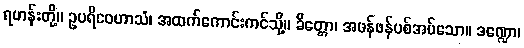
ရဟန်းတို့။ ဥပရိဝေဟာသံ၊ အထက်ကောင်းကင်သို့။ ခိတ္တော၊ အဖန်ဖန်ပစ်အပ်သော။ ဒဏ္ဍော၊